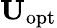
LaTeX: \mathbf{U}_{\mathrm{opt}}